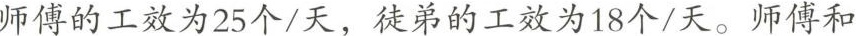
师傅的工效为25个/天，徒弟的工效为18个/天。师傅和